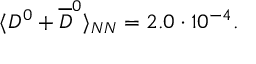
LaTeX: \langle D ^ { 0 } + \overline { { { D } } } ^ { 0 } \rangle _ { N N } = 2 . 0 \cdot 1 0 ^ { - 4 } .